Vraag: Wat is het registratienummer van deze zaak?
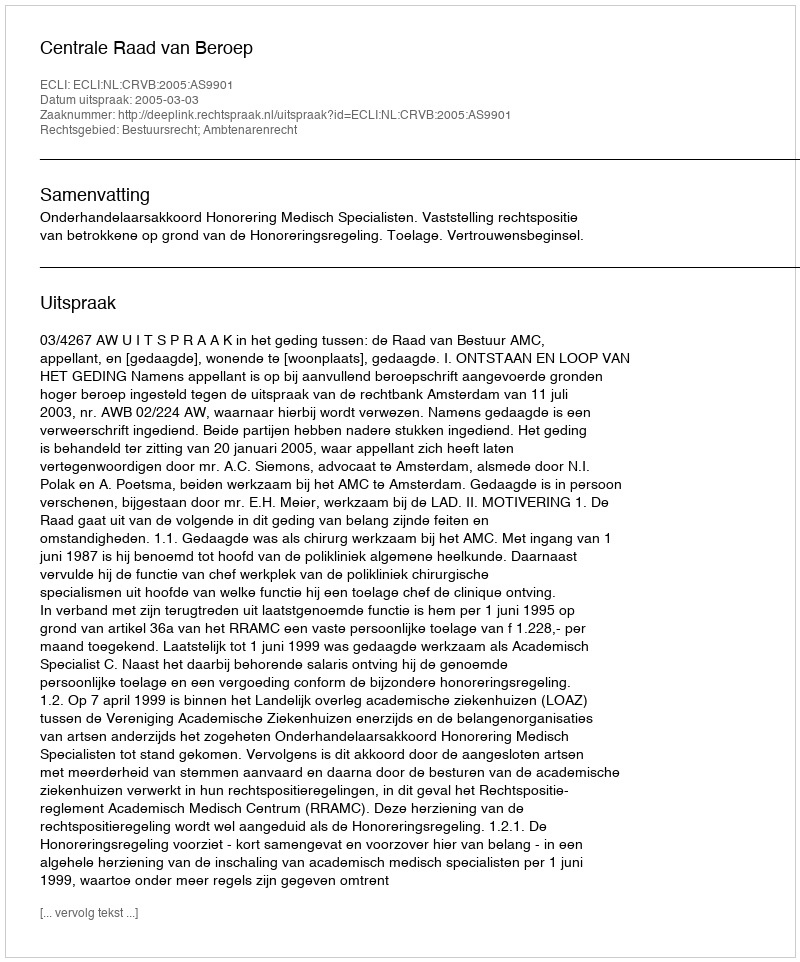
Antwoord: http://deeplink.rechtspraak.nl/uitspraak?id=ECLI:NL:CRVB:2005:AS9901